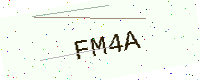
Text: FM4A